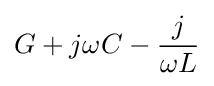
G+j\omega C-{\frac {j}{\omega L}}